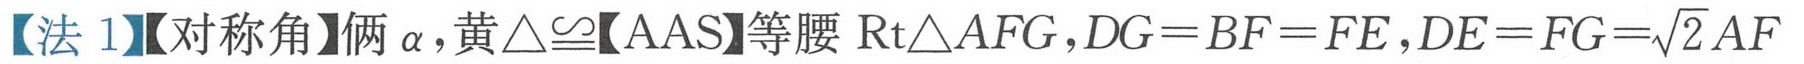
【法 1】【对称角】俩$\alpha$, 黄$\triangle\cong$【AAS】等腰$\text{Rt}\triangle AFG,DG = BF = FE,DE = FG=\sqrt{2}AF$